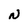
Character: N